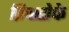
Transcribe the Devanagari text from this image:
क्रिस्तोफे